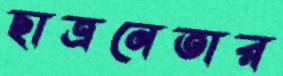
ছাত্রনেতার